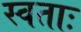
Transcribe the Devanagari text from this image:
स्वताः